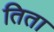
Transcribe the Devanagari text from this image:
तिता